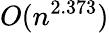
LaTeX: O(n^{2.373})